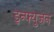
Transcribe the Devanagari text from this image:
इन्फ्युज़न